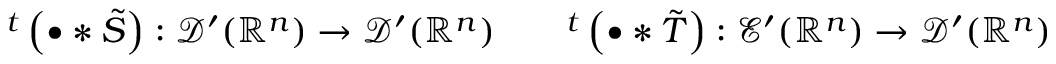
^ { t } \left( \bullet \ast { \tilde { S } } \right) : { \mathcal { D } } ^ { \prime } ( \mathbb { R } ^ { n } ) \to { \mathcal { D } } ^ { \prime } ( \mathbb { R } ^ { n } ) \qquad ^ { t } \left( \bullet \ast { \tilde { T } } \right) : { \mathcal { E } } ^ { \prime } ( \mathbb { R } ^ { n } ) \to { \mathcal { D } } ^ { \prime } ( \mathbb { R } ^ { n } )